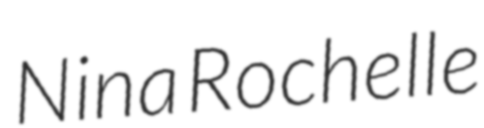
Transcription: Nina Rochelle